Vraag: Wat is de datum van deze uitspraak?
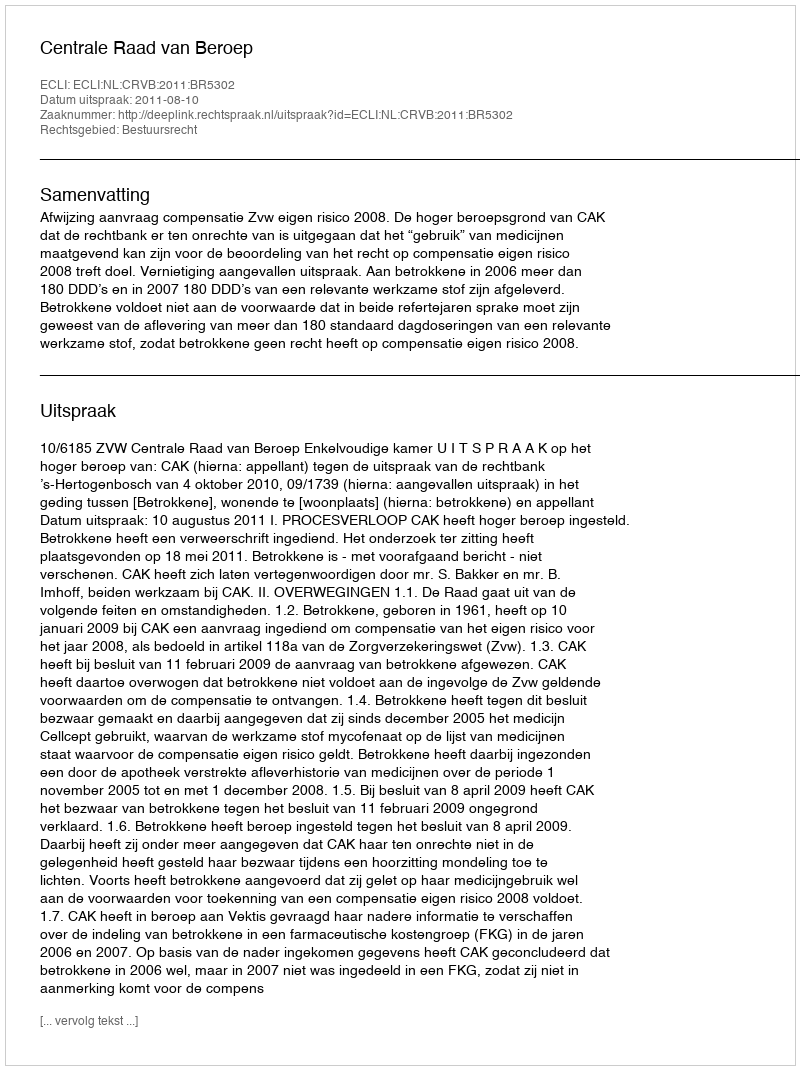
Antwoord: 2011-08-10